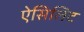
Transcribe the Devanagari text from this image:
ऐसिलिट